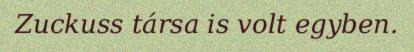
Zuckuss társa is volt egyben.